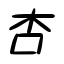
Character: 杏